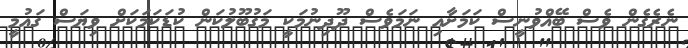
ނެރެގެން ވެސް ބޭއްވުނީސް ކަމަށާއި ނަމަވެސް ދޫދިނުމަކީ މަގުބޫލުކަން ކުޑަކަމަކަށް ވިޔަސް ގައުމީ